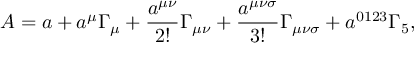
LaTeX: A = a + a ^ { \mu } \Gamma _ { \mu } + \frac { a ^ { \mu \nu } } { 2 ! } \Gamma _ { \mu \nu } + \frac { a ^ { \mu \nu \sigma } } { 3 ! } \Gamma _ { \mu \nu \sigma } + a ^ { 0 1 2 3 } \Gamma _ { 5 } ,